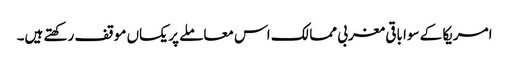
امریکا کے سوا باقی مغربی ممالک اس معاملے پر یکساں موقف رکھتے ہیں۔